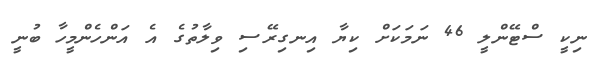
ނިކީ ސްޓޭންލީ 46 ނަމަކަށް ކިޔާ އިނގިރޭސި ވިލާތުގެ އެ އަންހެންމީހާ ބުނީ